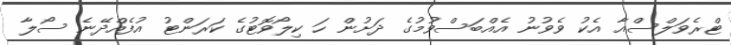
ޓްރެވަލްސްއާ އެކު ވެވުނު އެއްބަސްވުމުގެ ދަށުން ހަ ކިލޯވޮޓުގެ ކަރަންޓު އުފެއްދޭނެ ސޯލާ